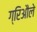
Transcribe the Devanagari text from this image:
ग्रिऔले